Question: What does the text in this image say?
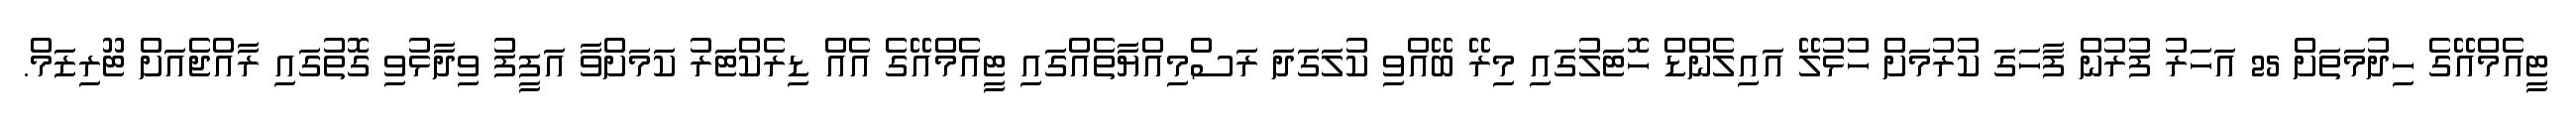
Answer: ޓީއެމްއޭގެ ހިދުމަތަށް 25 އަހަރު ފުރުން ފާހަގަ ކުރުމަށް ހުޅުލޭ އައިލެންޑް ހޮޓަލުގައި މިރޭ ބޭއްވި ކުލަގަދަ ރަސްމިއްޔާތެއްގައި ޓީއެމްއޭގެ އެއް ޑިރެކްޓަރު ކަމަށްވާ އަފީފު ވިދާޅުވި ގޮތުގައި ރާއްޖެއަށް ޓޫރިޒަމް.